65_HS1-834228961_62-HQ-83894_Section_4
Agency: FBI
Page 125
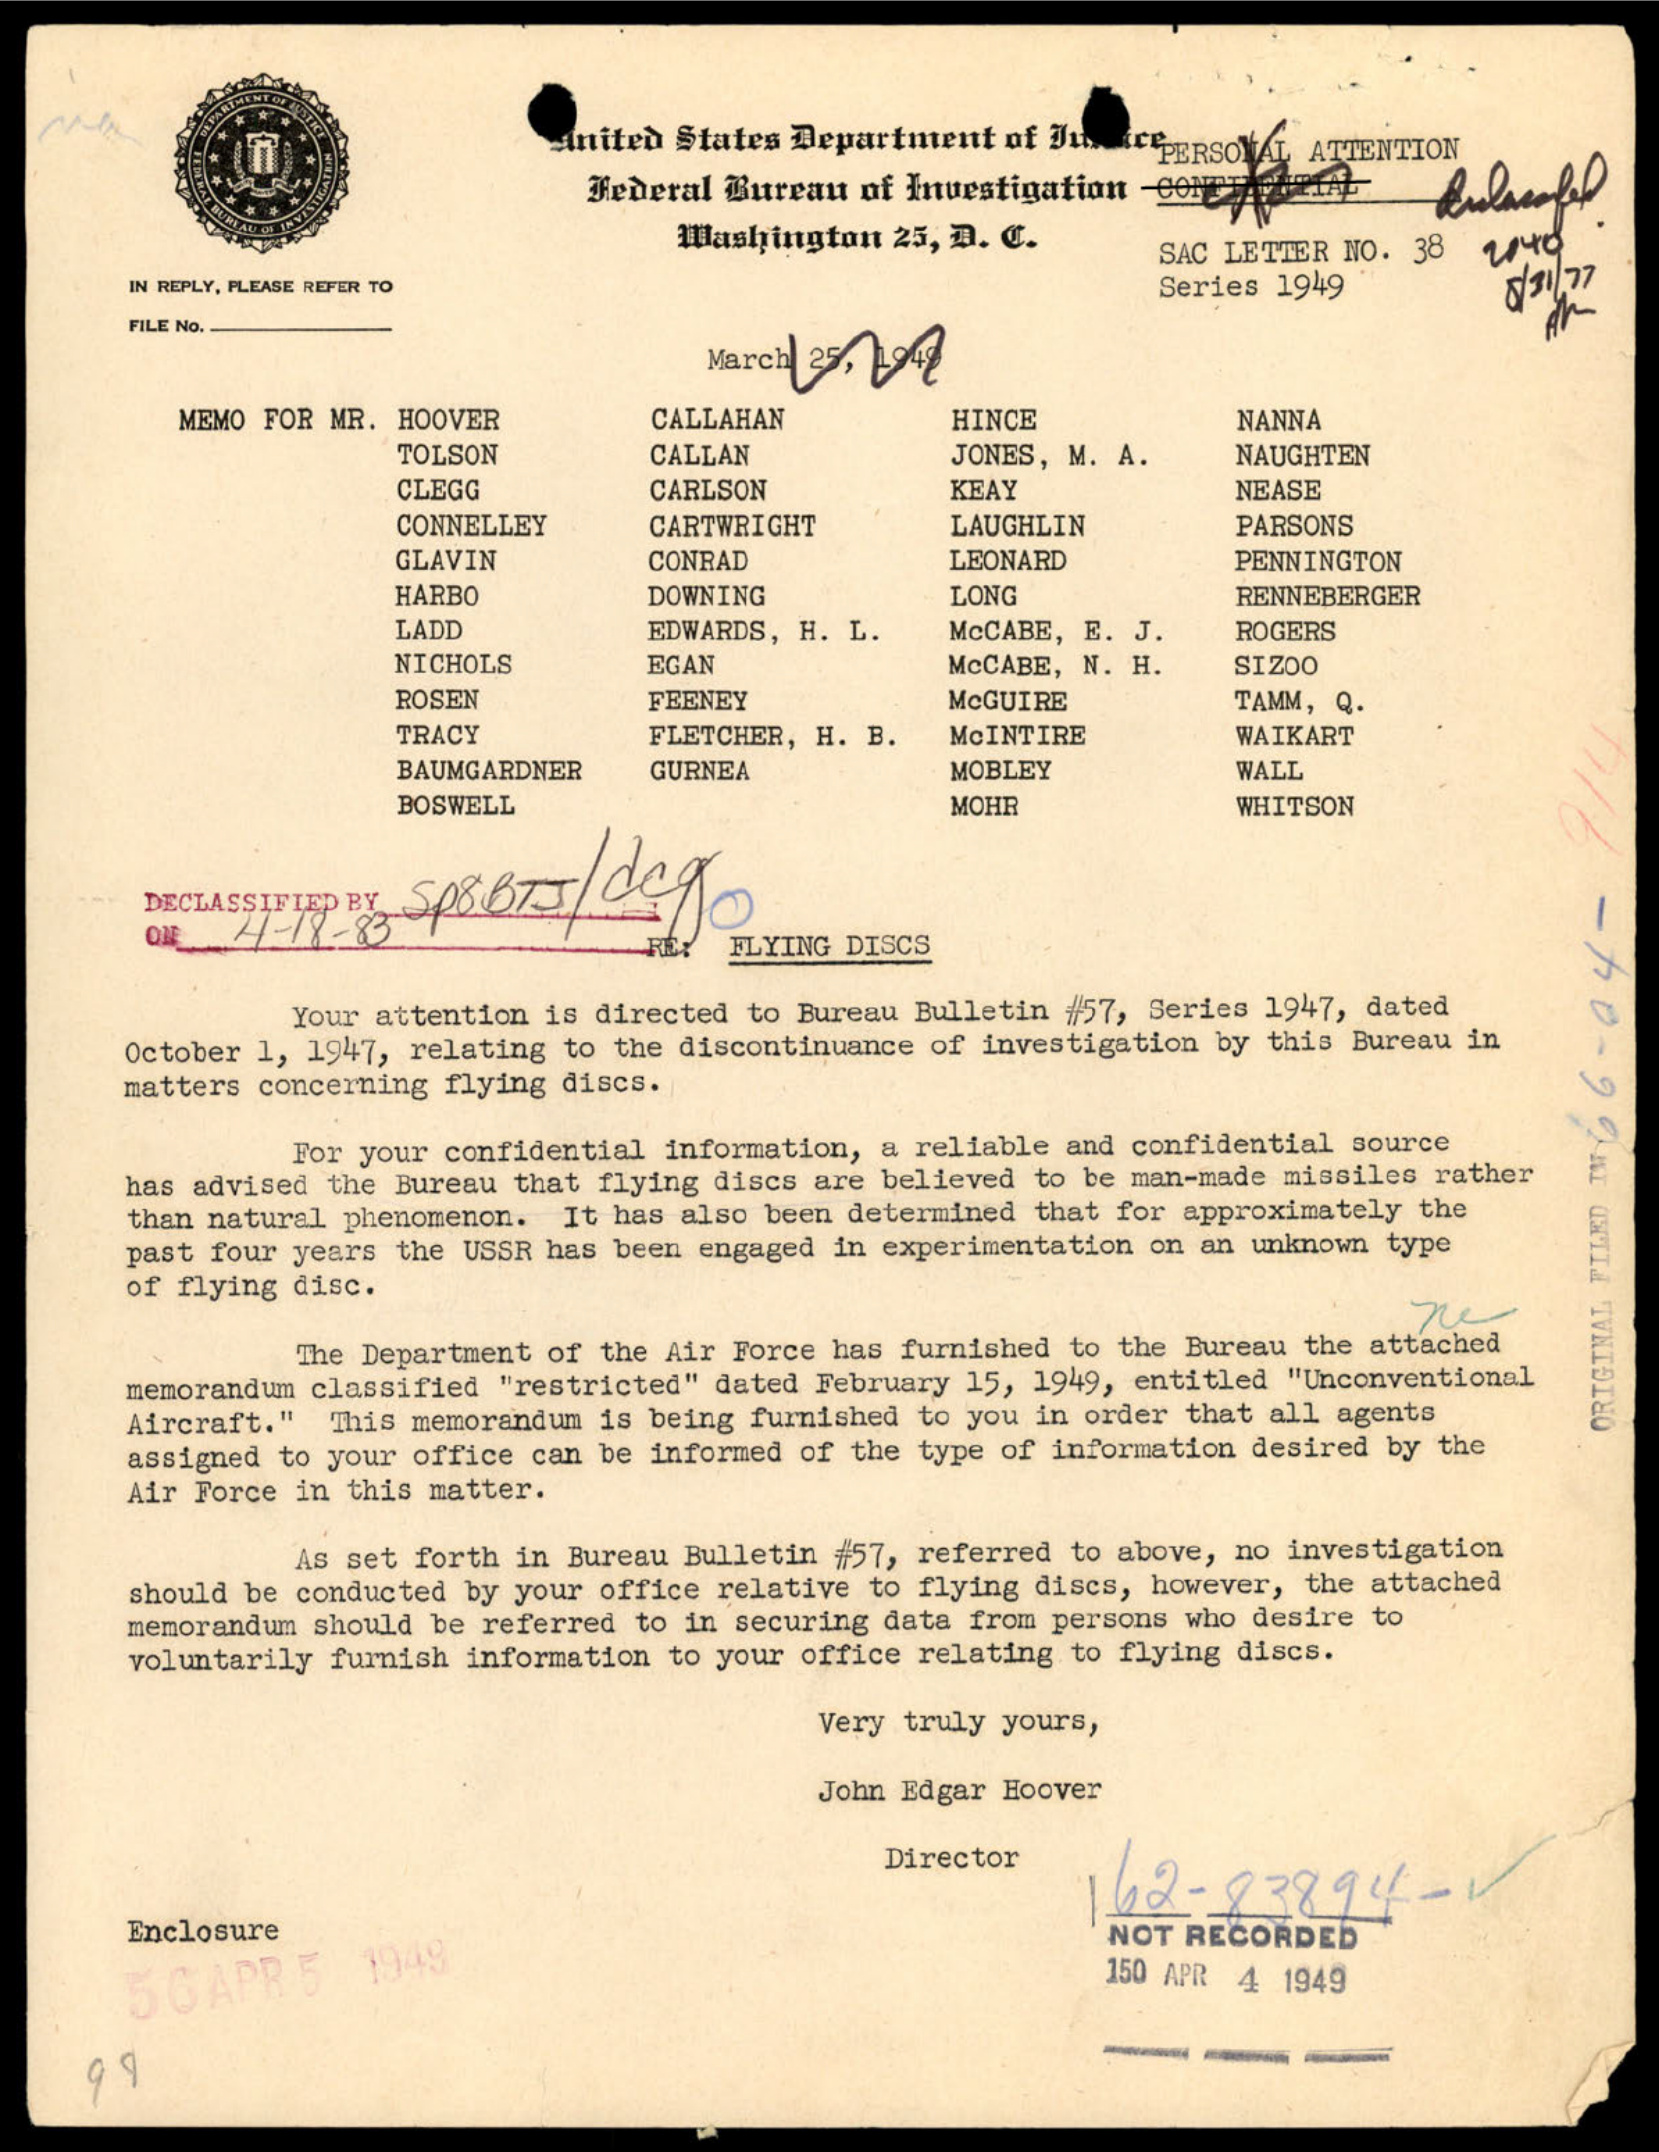